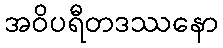
အဝိပရီတဒဿနော